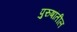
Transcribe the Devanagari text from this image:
पुरुषांतील